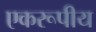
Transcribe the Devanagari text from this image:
एकरूपीय